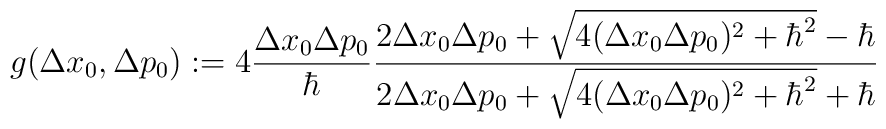
g(\Delta x_{0}, \Delta p_{0}) := 4 \frac{\Delta x_{0} \Delta p_{0}}{\hbar}\frac{2 \Delta x_{0} \Delta p_{0} + \sqrt{4 (\Delta x_{0} \Delta p_{0})^2 +{\hbar}^2} -\hbar}{2 \Delta x_{0} \Delta p_{0} +\sqrt{4 (\Delta x_{0} \Delta p_{0})^2 +{\hbar}^2} +\hbar}